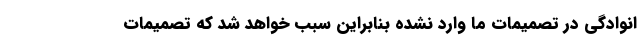
انوادگی در تصمیمات ما وارد نشده بنابراین سبب خواهد شد که تصمیمات